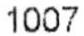
1007